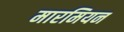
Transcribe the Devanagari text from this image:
मारमियन